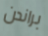
براندن